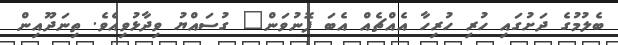
ބެލުމުގެ ދަށުގައި ހުރި ހުރިހާ އެއްޗެއް އެބަ ފޮނުވަން" ގުސައްޔު ވިދާޅުވިއެވެ. ތިނަދޫއިން